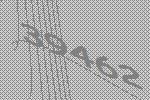
39462